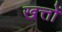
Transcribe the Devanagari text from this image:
खत्तों